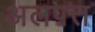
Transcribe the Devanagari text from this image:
अलपत्त